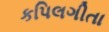
કપિલગીતા